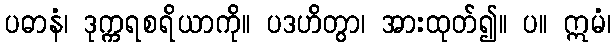
ပဓာနံ၊ ဒုက္ကရစရိယာကို။ ပဒဟိတွာ၊ အားထုတ်၍။ ပ။ ဣမံ၊